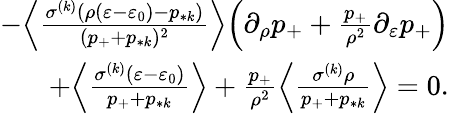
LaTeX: \begin{array}{r}{-\Big\langle\frac{\sigma^{(k)}(\rho(\varepsilon-\varepsilon_{0})-p_{*k})}{(p_{+}+p_{*k})^{2}}\Big\rangle\Big(\partial_{\rho}p_{+}+\frac{p_{+}}{\rho^{2}}\partial_{\varepsilon}p_{+}\Big)}\\ {+\Big\langle\frac{\sigma^{(k)}(\varepsilon-\varepsilon_{0})}{p_{+}+p_{*k}}\Big\rangle+\frac{p_{+}}{\rho^{2}}\Big\langle\frac{\sigma^{(k)}\rho}{p_{+}+p_{*k}}\Big\rangle=0.}\end{array}